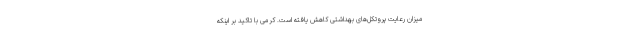
میزان رعایت پروتکل‌های بهداشتی کاهش یافته است. کرمی با تاکید بر اینکه